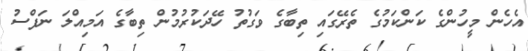
އެހެން މީހުންގެ ކަންކަމުގެ ތެރޭގައި ތިބާގެ ވަގުތު ހޭދަކުރުމުން ތިބާގެ އަމިއްލަ ނަފްސު